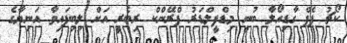
ކޯޗު ޕެޕް ގާޑިއޯލާ ބުނީ މިޑްފީލްޑަރު ފްރޭންކް ރިބެރީ އަށް ލިބިފައިވާ އަނިޔާގެ